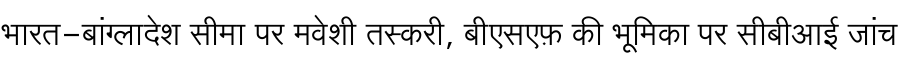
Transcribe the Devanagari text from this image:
भारत-बांग्लादेश सीमा पर मवेशी तस्करी, बीएसएफ़ की भूमिका पर सीबीआई जांच